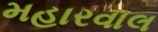
મહારવાલ